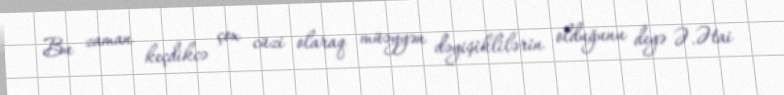
Bu zaman keçdikcə çox cüzi olaraq müəyyən dəyişiklilərin olduğunu deyə Ə.Ətai